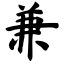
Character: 兼